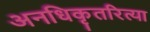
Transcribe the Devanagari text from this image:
अनधिकृतरित्या